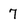
Character: 7